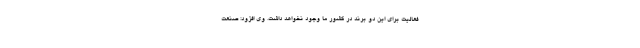
فعالیت برای این دو برند در کشور ما وجود نخواهد داشت. وی افزود: صنعت